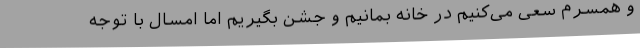
و همسرم سعی می‌کنیم در خانه بمانیم و جشن بگیریم اما امسال با توجه